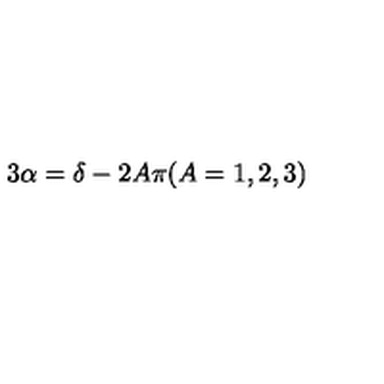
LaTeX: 3 \alpha = \delta - 2 A \pi ( A = 1 , 2 , 3 )